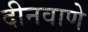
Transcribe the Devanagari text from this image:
दीनवाणे